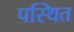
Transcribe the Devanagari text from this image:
पस्थित